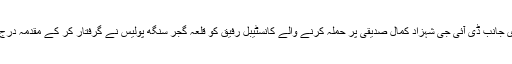
دوسری جانب ڈی آئی جی شہزاد کمال صدیقی پر حملہ کرنے والے کانسٹیبل رفیق کو قلعہ گجر سنگھ پولیس نے گرفتار کر کے مقدمہ درج کرلیا۔